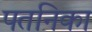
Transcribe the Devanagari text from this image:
पतनिका